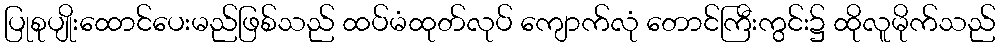
ပြုစုပျိုးထောင်ပေးမည်ဖြစ်သည် ထပ်မံထုတ်လုပ် ကျောက်လုံ တောင်ကြီးကွင်း၌ ထိုလူမိုက်သည်